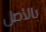
بالأصل